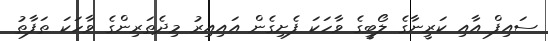
ސައިފް އާއި ކަރީނާގެ ލޯބީގެ ވާހަކަ ފެށިގެން އައިއިރު މިދެތަރިންގެ ވާހަކަ ތަފާތު